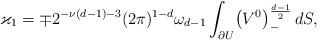
LaTeX: \begin{align*}\varkappa_1=\mp 2^{-\nu (d-1)-3}(2\pi)^{1-d} \omega_{d-1}\int_{\partial U}\bigl(V^0\bigr)_-^{\frac{d-1}{2}} \,dS,\end{align*}